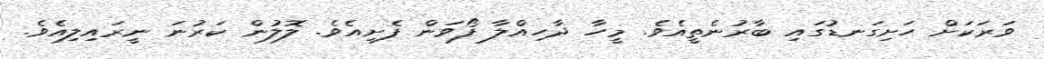
ވަރަކަށް ހަށިގަނޑުގައި ބާރުނެތީއެވެ. މީހާ ދާހިއްލާ ފޯވަން ފެށިއެވެ. ލޮލުން ކަރުނަ ނީރައިލިއެވެ.